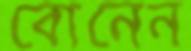
বোনেন